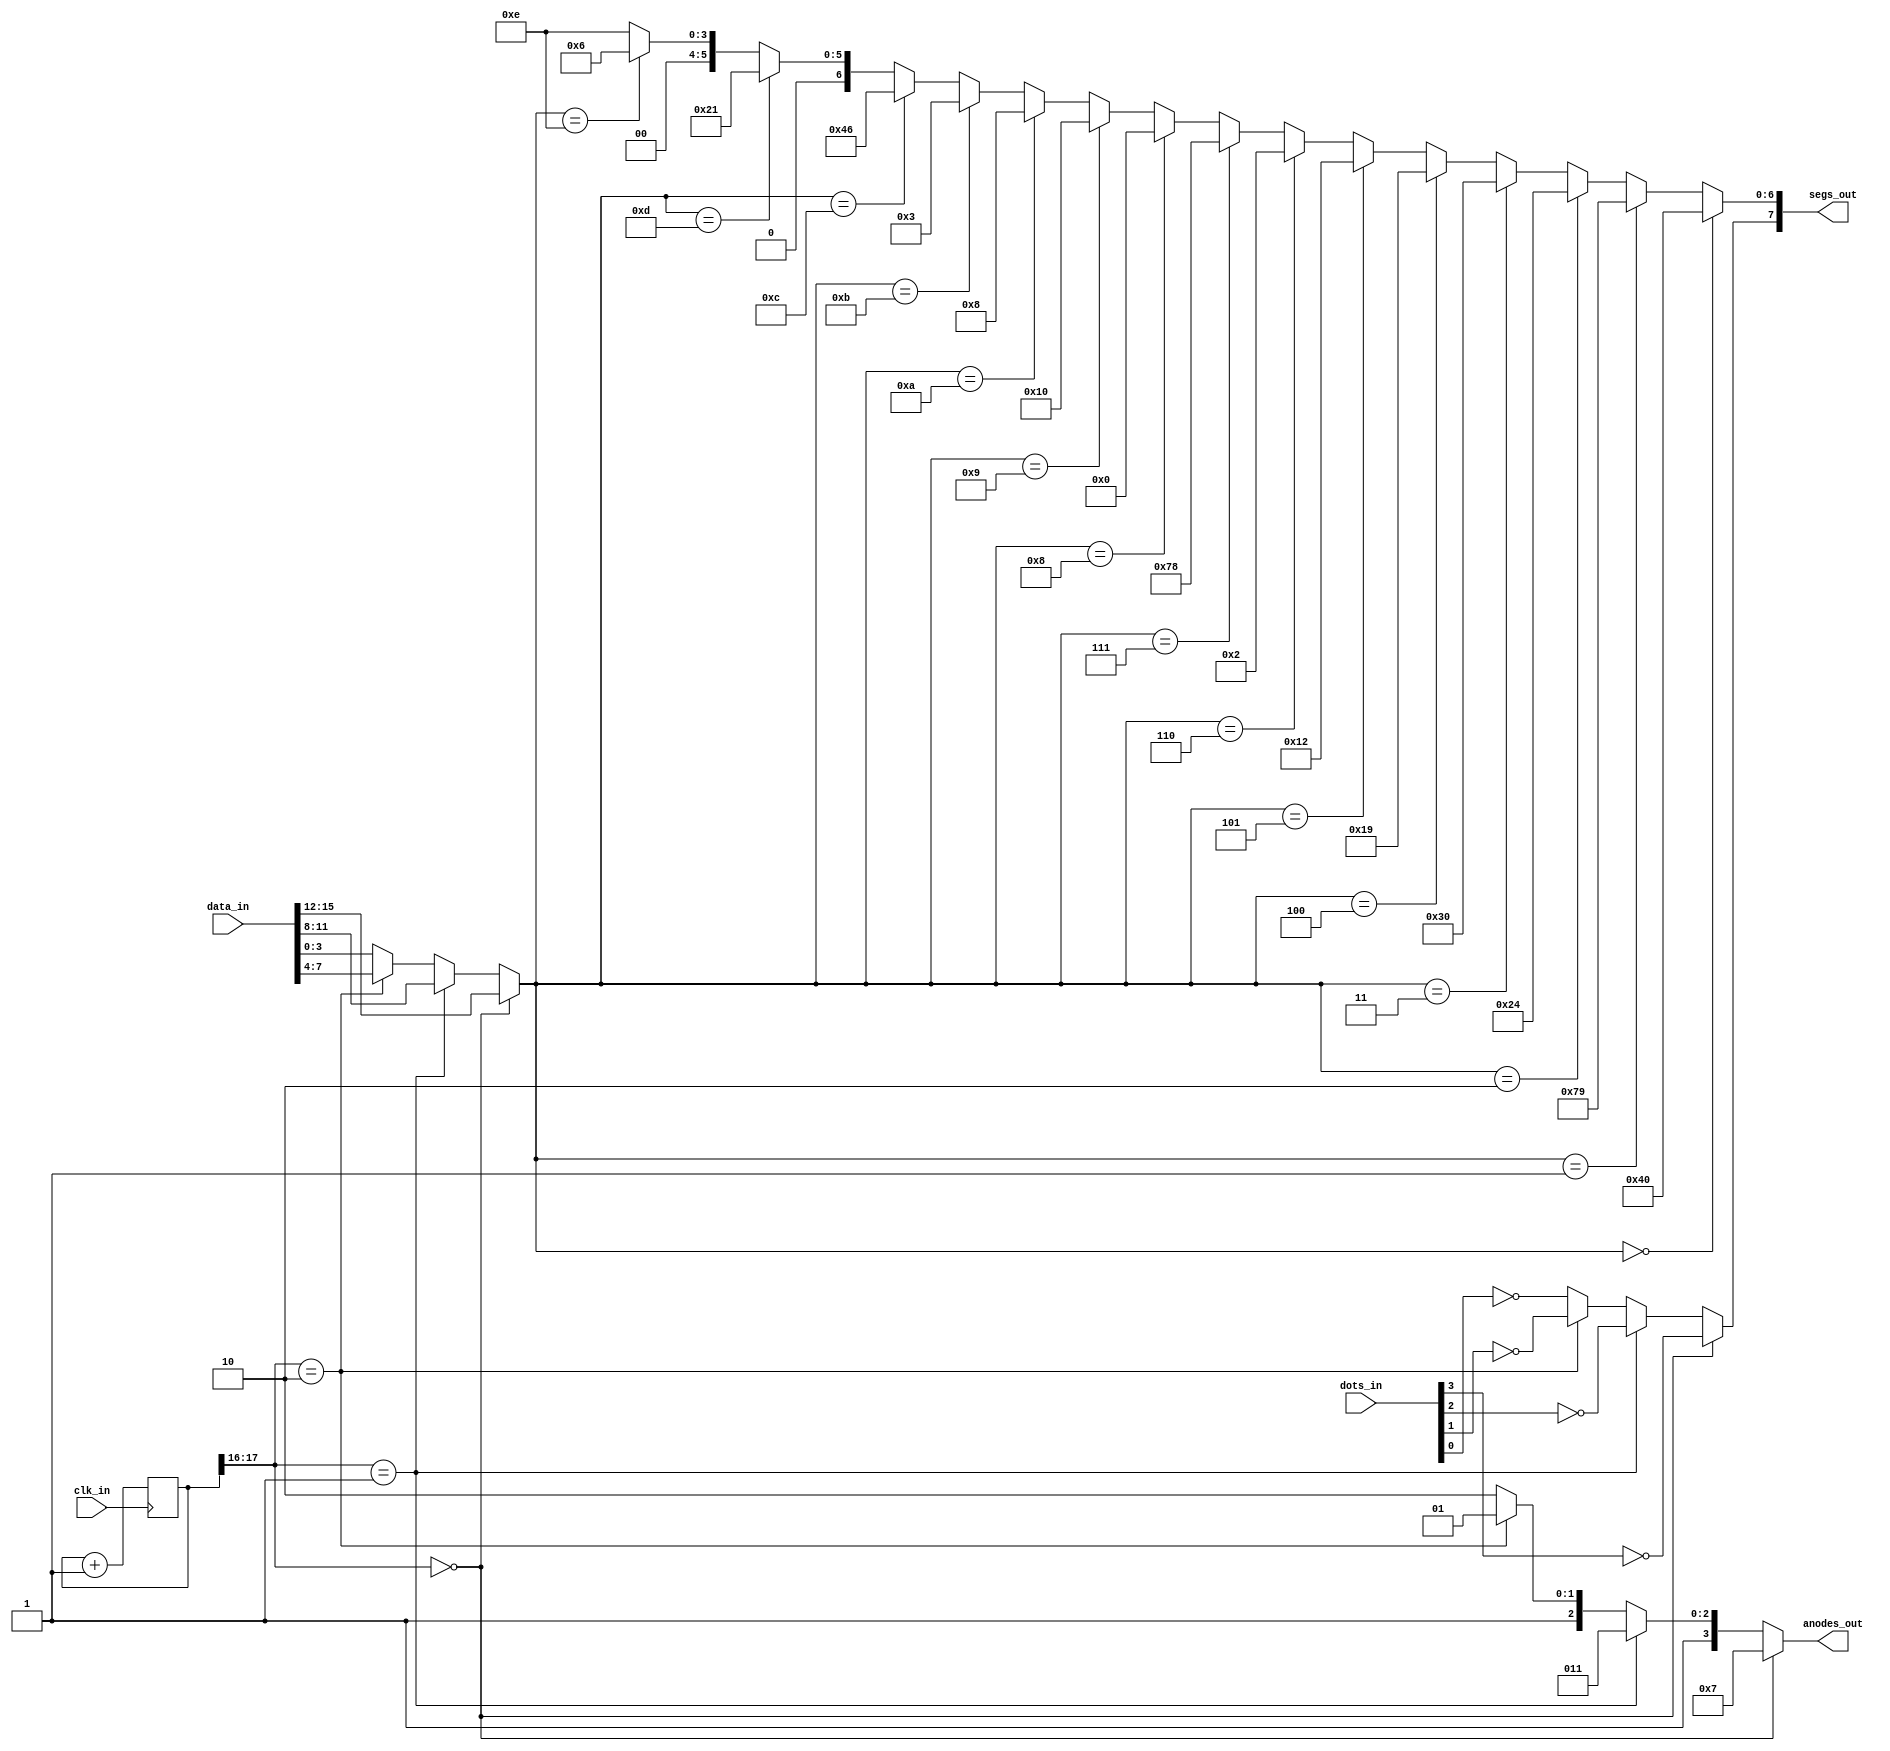
module
	seven_seg#(
		parameter
		// This can be overridden to change the refresh rate. The anode pattern will change at a
		// frequency given by F(clk_in) / (2**COUNTER_WIDTH). So for a 50MHz clk_in and
		// COUNTER_WIDTH=18, the anode pattern changes at ~191Hz, which means each digit gets
		// refreshed at ~48Hz.
		COUNTER_WIDTH = 18
	)(
		input  wire       clk_in,
		input  wire[15:0] data_in,
		input  wire[3:0]  dots_in,
		output wire[7:0]  segs_out,
		output wire[3:0]  anodes_out
	);

	reg[COUNTER_WIDTH-1:0]  count         = 0;
	wire[COUNTER_WIDTH-1:0] count_next;
	wire[1:0]               anodeSelect;
	wire[3:0]               nibble;
	wire[6:0]               segs;
	wire                    dot;

	// Infer counter register
	always @(posedge clk_in)
		count <= count_next;

	// Increment counter and derive anode select from top two bits
	assign count_next = count + 1'b1;
	assign anodeSelect = count[COUNTER_WIDTH-1:COUNTER_WIDTH-2];

	// Drive anodes
	assign anodes_out =
		(anodeSelect == 2'b00) ? 4'b0111 :
		(anodeSelect == 2'b01) ? 4'b1011 :
		(anodeSelect == 2'b10) ? 4'b1101 :
		4'b1110;

	// Select the appropriate bit from dots_in
	assign dot =
		(anodeSelect == 2'b00) ? ~(dots_in[3]) :
		(anodeSelect == 2'b01) ? ~(dots_in[2]) :
		(anodeSelect == 2'b10) ? ~(dots_in[1]) :
		~(dots_in[0]);

	// Choose a nibble to display
	assign nibble =
		(anodeSelect == 2'b00) ? data_in[15:12] :
		(anodeSelect == 2'b01) ? data_in[11:8] :
		(anodeSelect == 2'b10) ? data_in[7:4] :
		data_in[3:0];
	
	// Decode chosen nibble
	assign segs =
		(nibble == 4'b0000) ? 7'b1000000 :
		(nibble == 4'b0001) ? 7'b1111001 :
		(nibble == 4'b0010) ? 7'b0100100 :
		(nibble == 4'b0011) ? 7'b0110000 :
		(nibble == 4'b0100) ? 7'b0011001 :
		(nibble == 4'b0101) ? 7'b0010010 :
		(nibble == 4'b0110) ? 7'b0000010 :
		(nibble == 4'b0111) ? 7'b1111000 :
		(nibble == 4'b1000) ? 7'b0000000 :
		(nibble == 4'b1001) ? 7'b0010000 :
		(nibble == 4'b1010) ? 7'b0001000 :
		(nibble == 4'b1011) ? 7'b0000011 :
		(nibble == 4'b1100) ? 7'b1000110 :
		(nibble == 4'b1101) ? 7'b0100001 :
		(nibble == 4'b1110) ? 7'b0000110 :
		7'b0001110;

	// Drive segs_out
	assign segs_out = {dot, segs};
endmodule